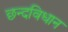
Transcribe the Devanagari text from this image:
छन्दविधान